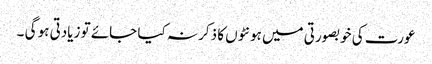
عورت کی خوبصورتی میں ہونٹوں کا ذکر نہ کیا جائے تو زیادتی ہو گی ۔